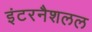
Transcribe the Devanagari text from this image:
इंटरनैशलल